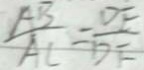
\frac { A B } { A C } = \frac { D E } { D F }